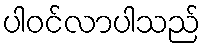
ပါဝင်လာပါသည်